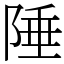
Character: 陲